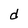
Character: d